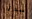
سدى